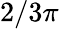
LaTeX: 2/3\pi